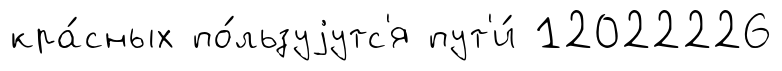
кра́сных по́льзуjутс'я пут'и́ 12022226